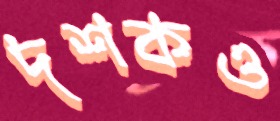
দশকও